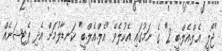
"ޖޯލީ އެލް.އެލް.ބީ 2" ގެ ނަމުގައި އެކުލެވޭ "އެލް.އެލް.ބީ" ކަނޑާލުމަށް އެދި ޕެޓިޝަނެއް